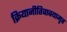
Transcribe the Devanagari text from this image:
क्रियानीतिवाक्यामृत